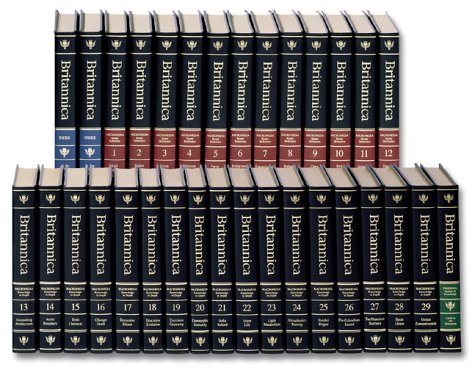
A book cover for Encyclopedia Britannica (32 Book Set); Reference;